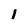
Character: 1